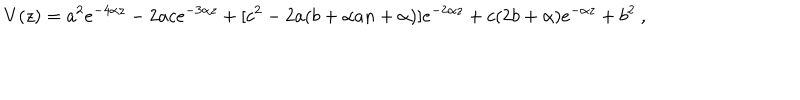
LaTeX: V ( z ) = a ^ { 2 } e ^ { - 4 \alpha z } - 2 a c e ^ { - 3 \alpha z } + [ c ^ { 2 } - 2 a ( b + \alpha a n + \alpha ) ] e ^ { - 2 \alpha z } + c ( 2 b + \alpha ) e ^ { - \alpha z } + b ^ { 2 } \ ,